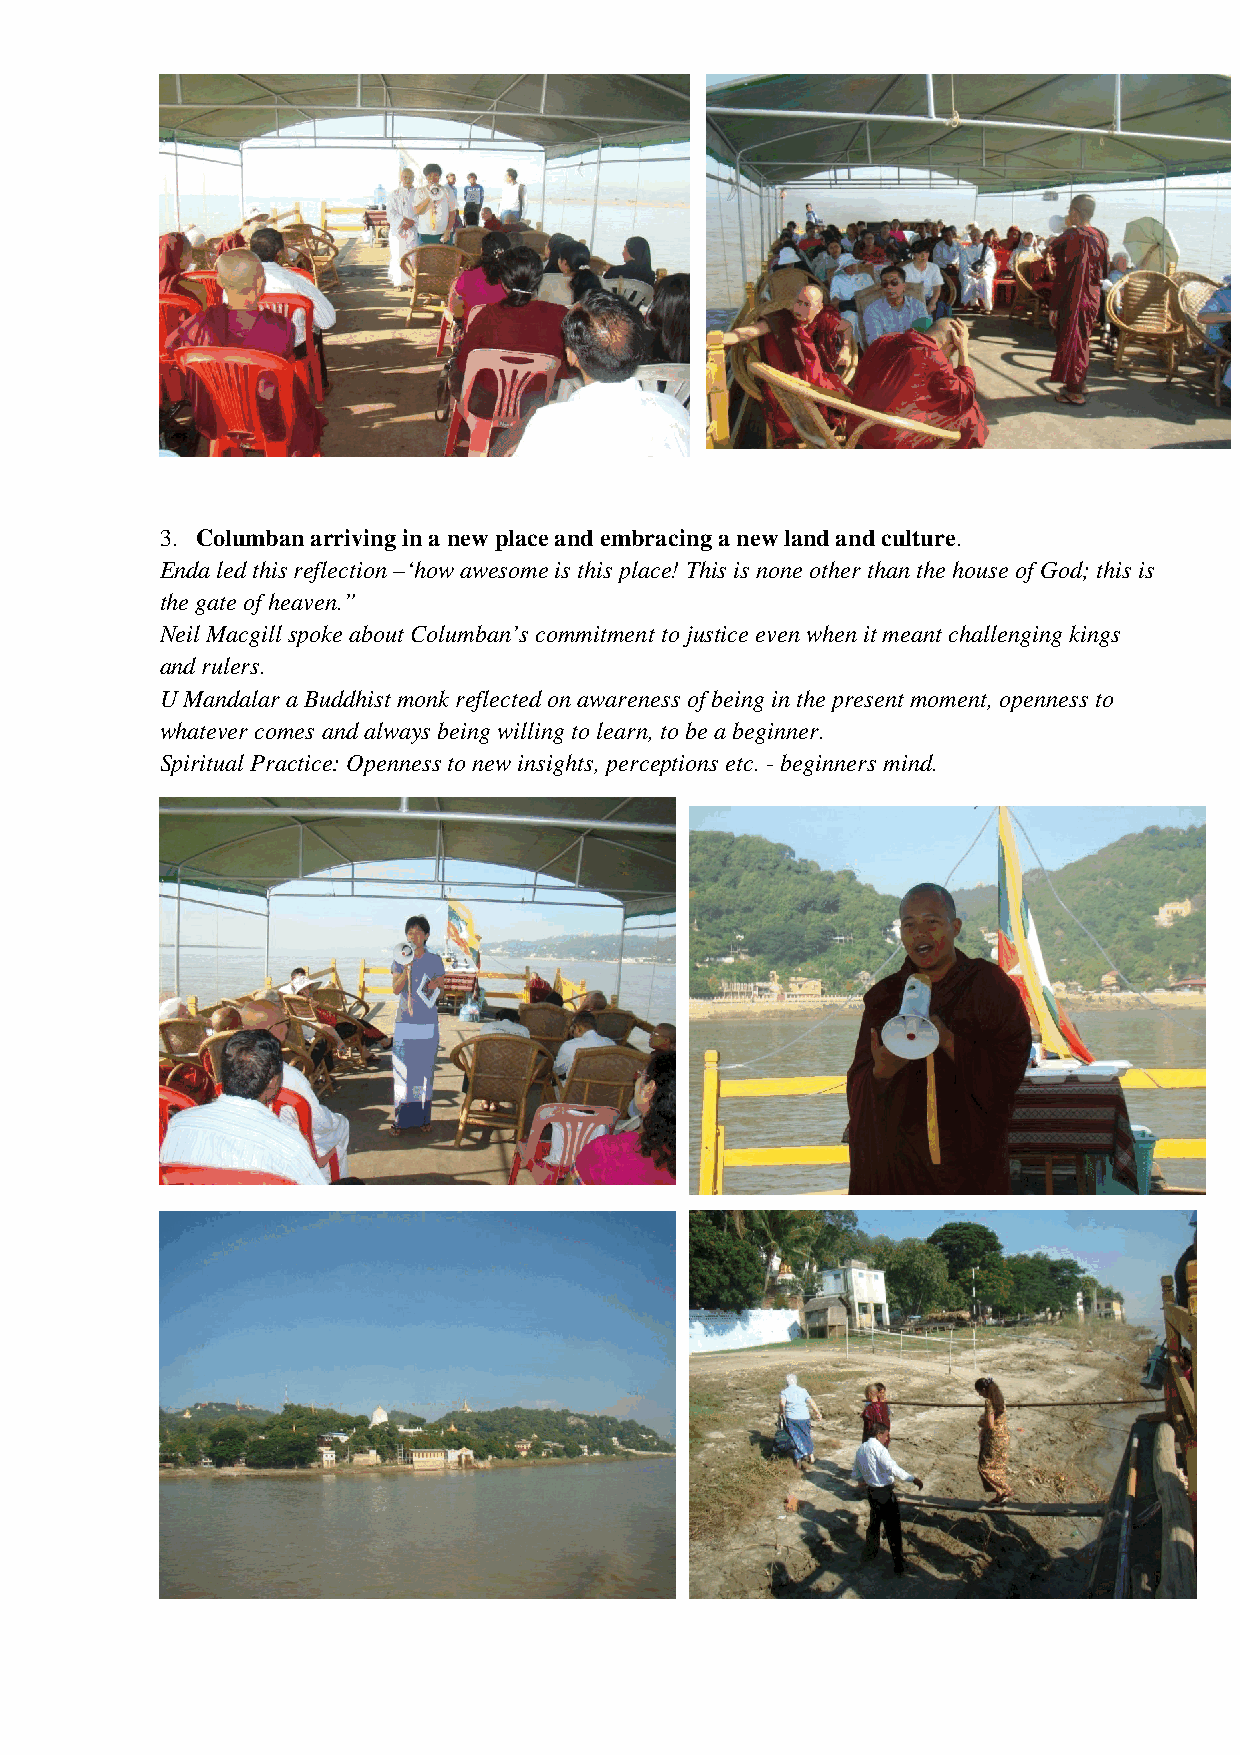
3. Columban arriving in a new place and embracing a new land and culture.
 Enda led this reflection –‘how awesome is this place! This is none other than the house of God; this is
 the gate of heaven.”
 Neil Macgill spoke about Columban’s commitment to justice even when it meant challenging kings
 and rulers.
 U Mandalar a Buddhist monk reflected on awareness of being in the present moment, openness to
 whatever comes and always being willing to learn, to be a beginner.
 Spiritual Practice: Openness to new insights, perceptions etc. - beginners mind.